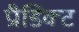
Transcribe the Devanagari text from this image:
प्रीडिक्ट